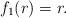
LaTeX: \begin{align*} f_1(r)= r. \end{align*}